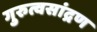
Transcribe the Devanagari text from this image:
गुरुत्वसांद्रण